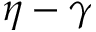
\eta - \gamma